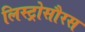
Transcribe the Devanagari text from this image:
लिस्ट्रोसौरस